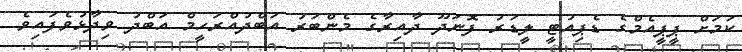
ކަމަށް ޕީޕީއެމްގެ ޑެޕިއުޓީ ލީޑަރު ފޮނަދޫ ދާއިރާގެ މެންބަރު އަބްދުއްރަހީމް އަބްދު ވިދާޅުވެފައިވެ